Report of the Indian Hemp Drugs Commission, 1894-1895 - Volume III
Year: 1894
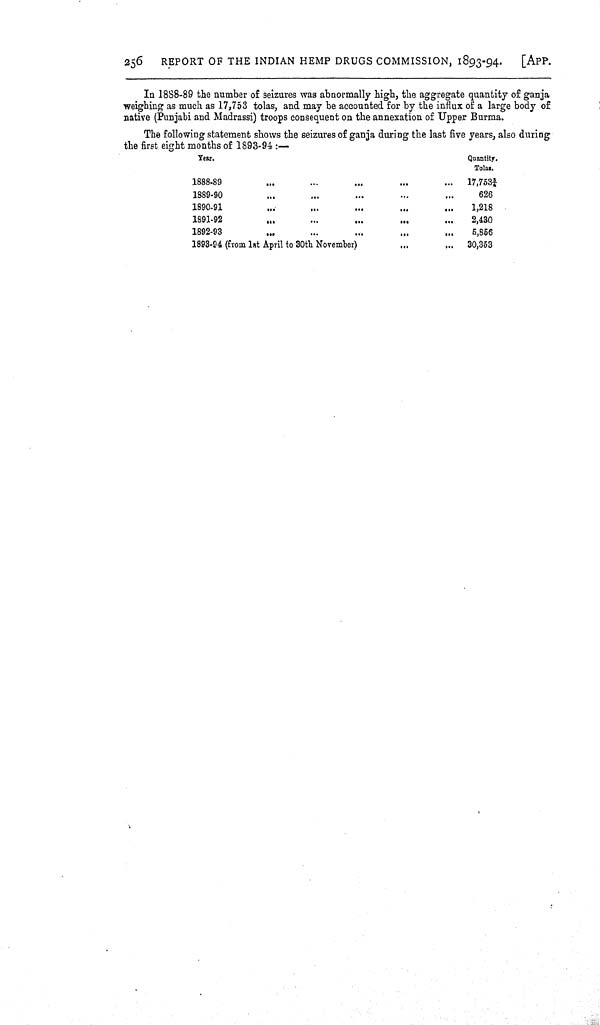
256 REPORT OF THE INDIAN HEMP DRUGS COMMISSION, 1893-94. [APP.
In 1888-89 the number of seizures was abnormally high, the aggregate quantity of ganja
weighing as much as 17,753 tolas, and may be accounted for by the influx of a large body of
native (Punjabi and Madrassi) troops consequent on the annexation of Upper Burma.
The following statement shows the seizures of ganja during the last five years, also during
the first eight months of 1893-94:—
Year.
Quantity.
Tolas.
1888-89
17,7533/4
1889-90
626
1890-91
1,218
1891-92
2,430
1892-93
5,856
1893-94 (from 1st April to 30th November)
30,353